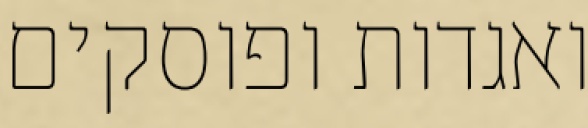
ואגדות ופוסקים